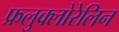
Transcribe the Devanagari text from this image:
फ्रलुक्लोरेलिन